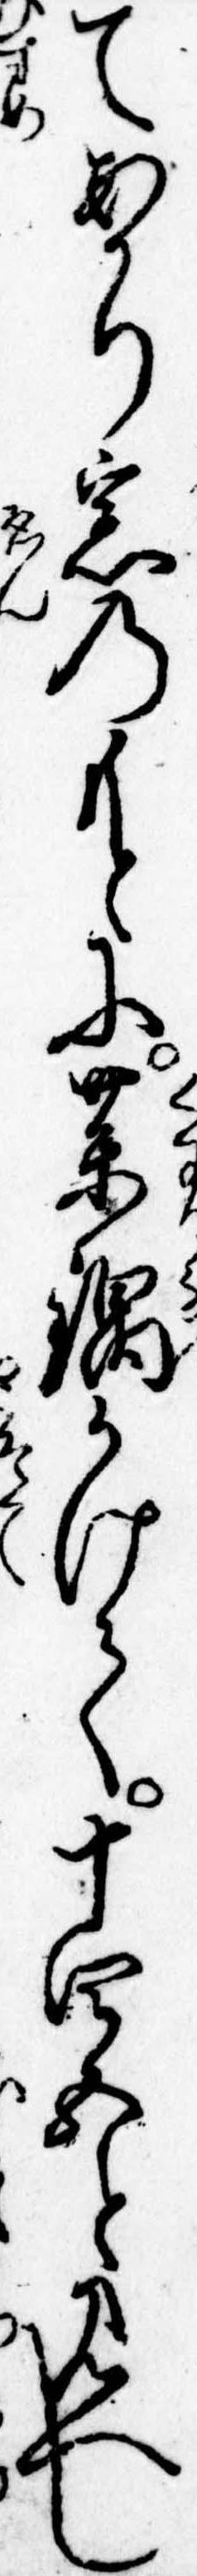
てあかり窓のもとに薬鍋かけて十四五と見へし